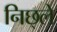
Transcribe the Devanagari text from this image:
निछ्ले